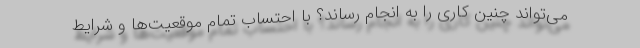
می‌تواند چنین کاری را به انجام رساند؟ با احتساب تمام موقعیت‌ها و شرایط